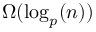
\Omega ( \log _ { p } ( n ) )